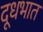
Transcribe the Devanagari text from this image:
दूधभात